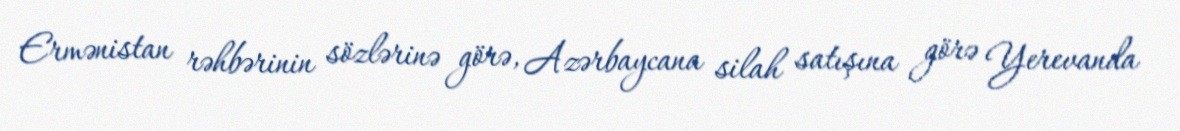
Ermənistan rəhbərinin sözlərinə görə, Azərbaycana silah satışına görə Yerevanda